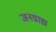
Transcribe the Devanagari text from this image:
जनग्राह्य